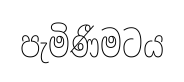
පැමිණීමටය